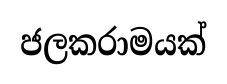
ජලකරාමයක්